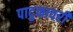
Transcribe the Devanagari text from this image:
पादुकावरी